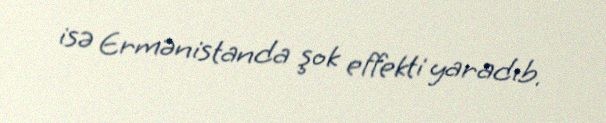
isə Ermənistanda şok effekti yaradıb.